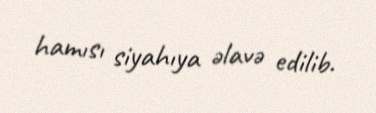
hamısı siyahıya əlavə edilib.